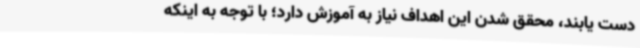
دست یابند، محقق شدن این اهداف نیاز به آموزش دارد؛ با توجه به اینکه